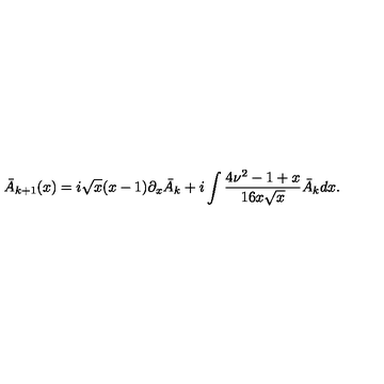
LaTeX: \bar { A } _ { k + 1 } ( x ) = i \sqrt { x } ( x - 1 ) \partial _ { x } \bar { A } _ { k } + i \int \frac { 4 \nu ^ { 2 } - 1 + x } { 1 6 x \sqrt { x } } \bar { A } _ { k } d x .